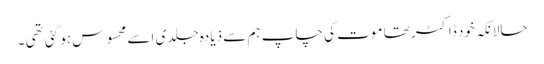
حالانکہ خود ڈاکٹر تھا موت کی چاپ ہم سے ذیادہ جلدی اسے محسوس ہو گئی تھی ۔